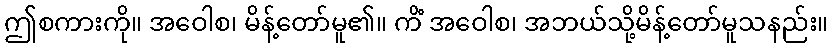
ဤစကားကို။ အဝေါစ၊ မိန့်တော်မူ၏။ ကိံ အဝေါစ၊ အဘယ်သို့မိန့်တော်မူသနည်း။